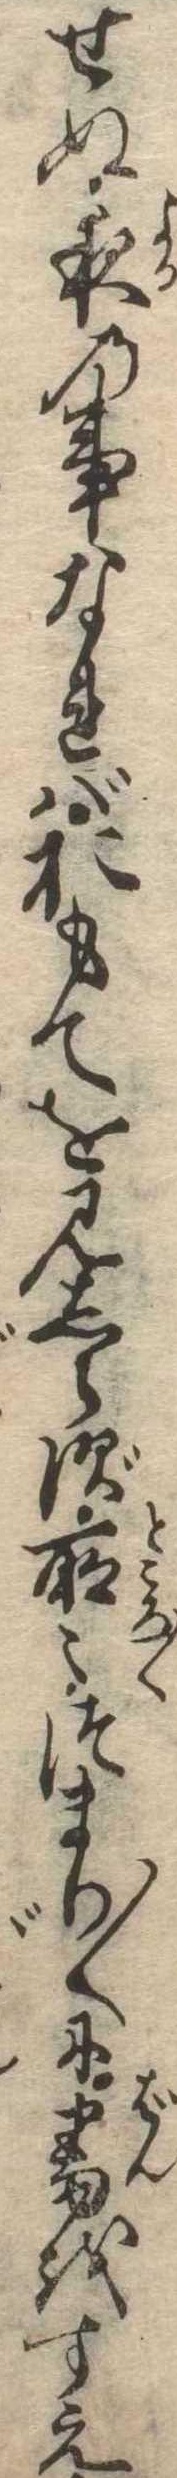
せぬ夜の事なればおもてを見しらず所〻つまり〱に番をすえ